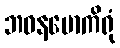
ဘဝနမောကိရုံ